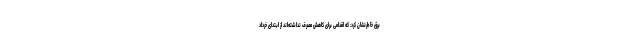
برق خاطرنشان کرد: که اقدامی برای کاهش مصرف نداشته‌اند از ابتدای خرداد